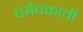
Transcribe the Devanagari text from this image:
धर्मचक्राची